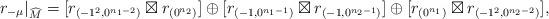
LaTeX: \begin{align*}r_{-\mu}|_{\widehat{M}}=[r_{(-1^2,0^{n_1-2})} \boxtimes r_{(0^{n_2})} ]\oplus [r_{(-1,0^{n_1-1})} \boxtimes r_{(-1,0^{n_2-1})} ] \oplus [r_{(0^{n_1})} \boxtimes r_{(-1^2,0^{n_2-2})}],\end{align*}